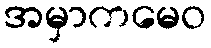
အမှာကမေဝ